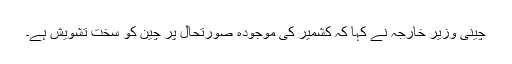
چینی وزیر خارجہ نے کہا کہ کشمیر کی موجودہ صورتحال پر چین کو سخت تشویش ہے۔